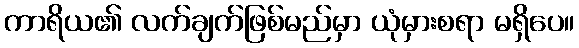
ကာရိယ၏ လက်ချက်ဖြစ်မည်မှာ ယုံမှားစရာ မရှိပေ။